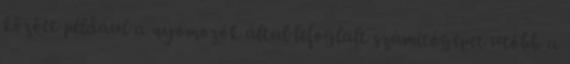
között például a nyomozók által lefoglalt számítógépet utóbb a